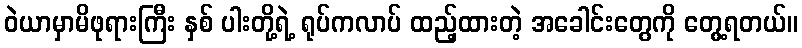
ဝဲယာမှာမိဖုရားကြီး နှစ် ပါးတို့ရဲ့ ရုပ်ကလာပ် ထည့်ထားတဲ့ အခေါင်းတွေကို တွေ့ရတယ်။